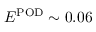
E ^ { \mathrm { P O D } } \sim 0 . 0 6